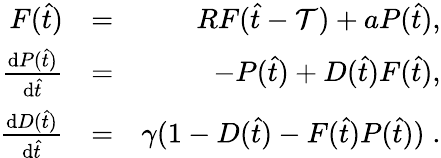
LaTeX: \begin{array}{rlr}{F(\hat{t})}&{=}&{RF(\hat{t}-\mathcal{T})+aP(\hat{t}),}\\ {\frac{\mathrm{d}P(\hat{t})}{\mathrm{d}\hat{t}}}&{=}&{-P(\hat{t})+D(\hat{t})F(\hat{t}),}\\ {\frac{\mathrm{d}D(\hat{t})}{\mathrm{d}\hat{t}}}&{=}&{\gamma(1-D(\hat{t})-F(\hat{t})P(\hat{t}))\; .}\end{array}